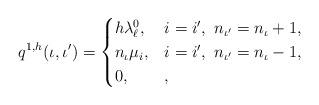
LaTeX: \begin{align*}q^{1,h}(\iota,\iota')=\begin{cases}h\lambda^0_{\ell}, & i=i',\ n_{\iota'}=n_{\iota}+1,\\n_{\iota}\mu_{i}, & i=i',\ n_{\iota'}=n_{\iota}-1,\\0,& ,\end{cases}\end{align*}